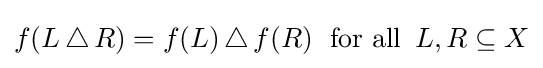
f(L\,\triangle \,R)=f(L)\,\triangle \,f(R)\;{\text{ for all }}\,L,R\subseteq X